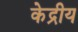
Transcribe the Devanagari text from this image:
केद्रीय